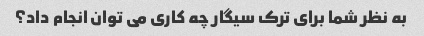
به نظر شما برای ترک سیگار چه کاری می توان انجام داد؟